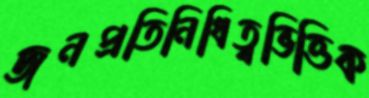
জনপ্রতিনিধিত্বভিত্তিক